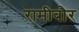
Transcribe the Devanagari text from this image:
रामीबौर